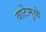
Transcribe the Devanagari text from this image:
वाटेमुळे